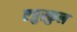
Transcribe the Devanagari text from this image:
एत्रुस्कुल